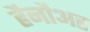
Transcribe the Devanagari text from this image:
हैनौअर